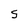
Character: S